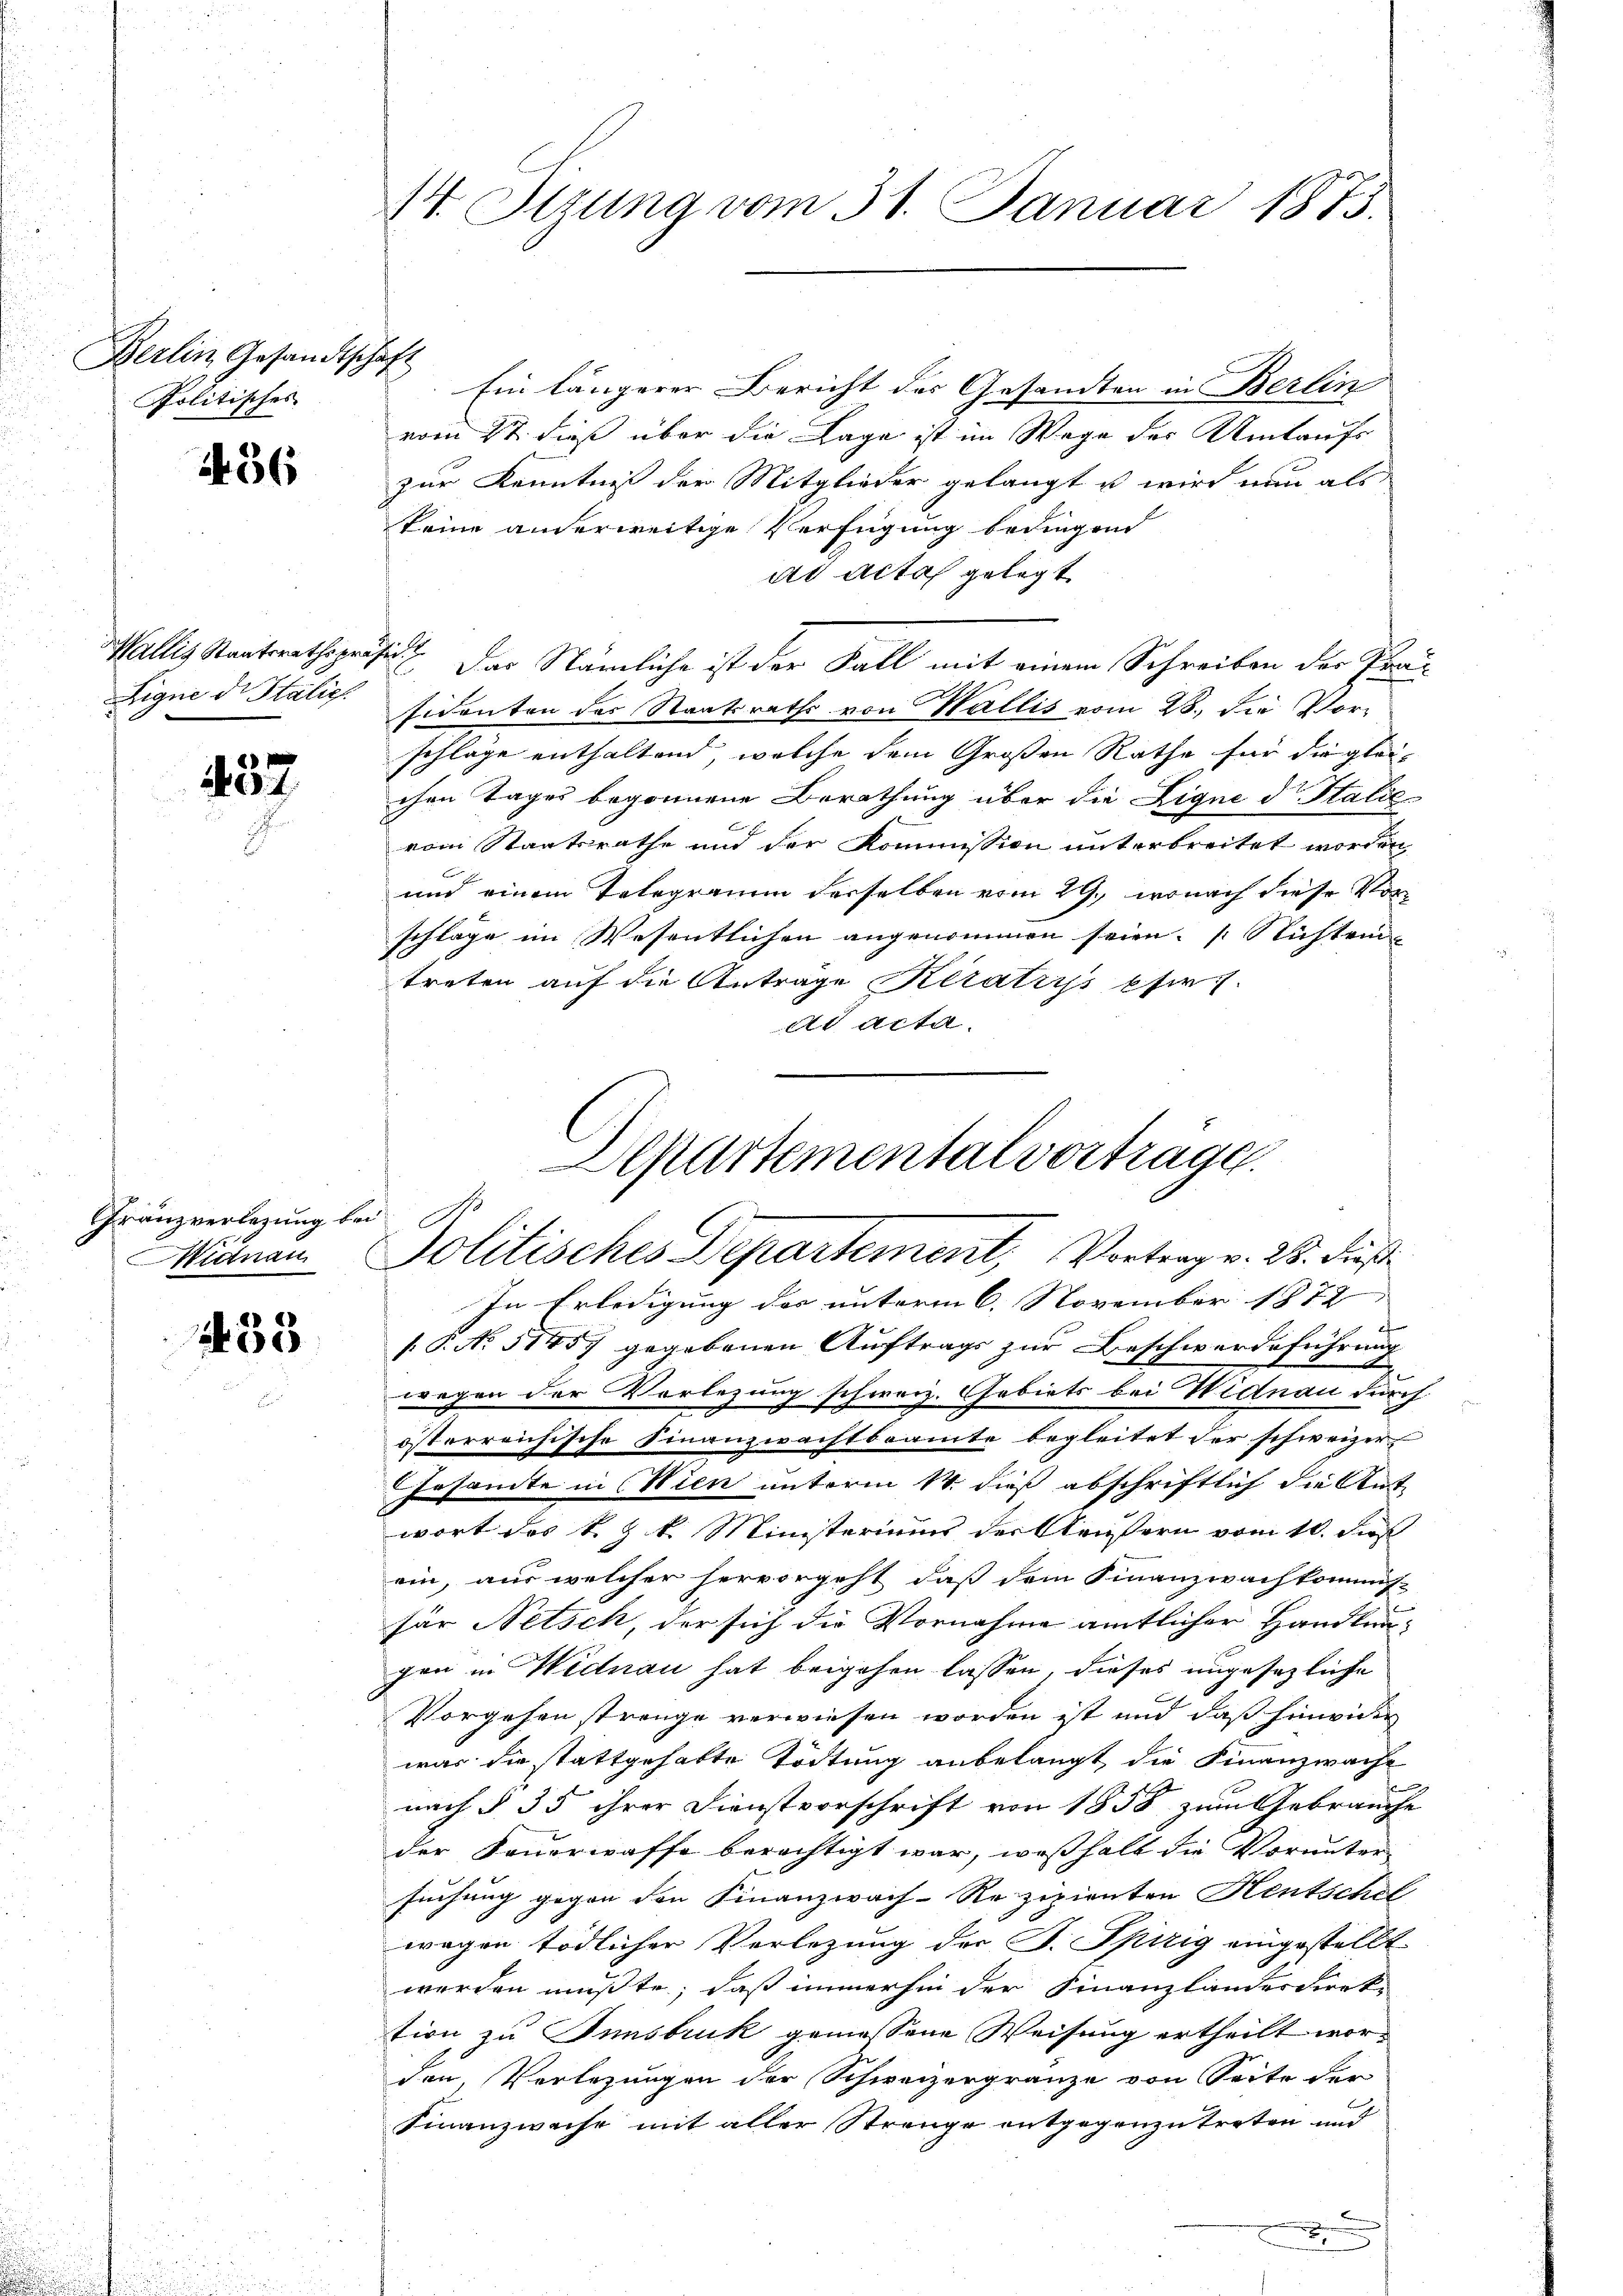
Berlin Gesandtschaft
Politisches

1456

Wallis Staatsrathsprä¬
Eigne der Italie

437

Franzverlegung bei
Midnau

233

W. Stzung vom 31. Januar 1873.

Ein längerer Bericht der Gesandten in Berlin
vom 2t dieß über die Lage ist im Wege der Umtaufs
zur Kenntniß der Mitglieder gelangt s wird nun als
keine anderweitige Verfügung bedingend
dd Aitos gelegt
i
 Das Nämliche ist der Fall mit einem Schreiben der Prau
sidenten der Staatsraths von Wallis vom 28. die Vor-
schläge enthaltend, welche dem Großen Rathe für die gleichen Tages begonnene Berathung über die Eigne d. Statie
vom Staatsrathe und der Kommission unterbreitet worden
und einem Telegramm derselben vom 29., wonach diese Vorschläge im Wesentlichen angenommen seien. Nichten
treten auf die Antrage Keratis pfir
ad acta.
Separtemental vortrage.

Politisches Departement, Vortrag v. 25. dieß
In Erledigung des unterm 6. November 1872

f
/. P. No. 51457 gegebenen Auftrags zur Beschwerdeführung
wegen der Vorlegung schweiz. Gebiets bei Widnau durch
österreichische Finanzwachtbeamte begleitet der schweizer
Gesandte in Wien unterm 14. dieß abschriftlich die Ant
wort des k. k. Ministeriums der Aeußern vom 10. Jus
ein, aus welcher hervorgeht, daß dem Finanzwachkommis-
für Netsch, der sich die Vornahme amtlicher Handlungen in Widnau hat beigehen lassen, dieses ungesezliche
Vorgehen strenge verwiesen worden ist und daß hinwider
was die stattgehabte Tödtung anbelangt die Finanzwache
nach § 35 ihrer Dienstvorschrift von 1858 zum Gebrauche
der Feuerwaffe berechtigt war, weßhalb die Vorunter-
suchung gegen den Finanzwach-Rezipienten Hentschel
wegen tödlicher Verlegung der P. Spirig eingestellt
werden müßte, daß immerhin der Finanzlandesdiert
tion zu Innsbruk gemessene Weisung ertheilt worden, Verlegungen der Schweizergränze von Seite der
Finanzwache mit aller Strenge entgegenzutreten und
e
x